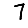
Digit: 7